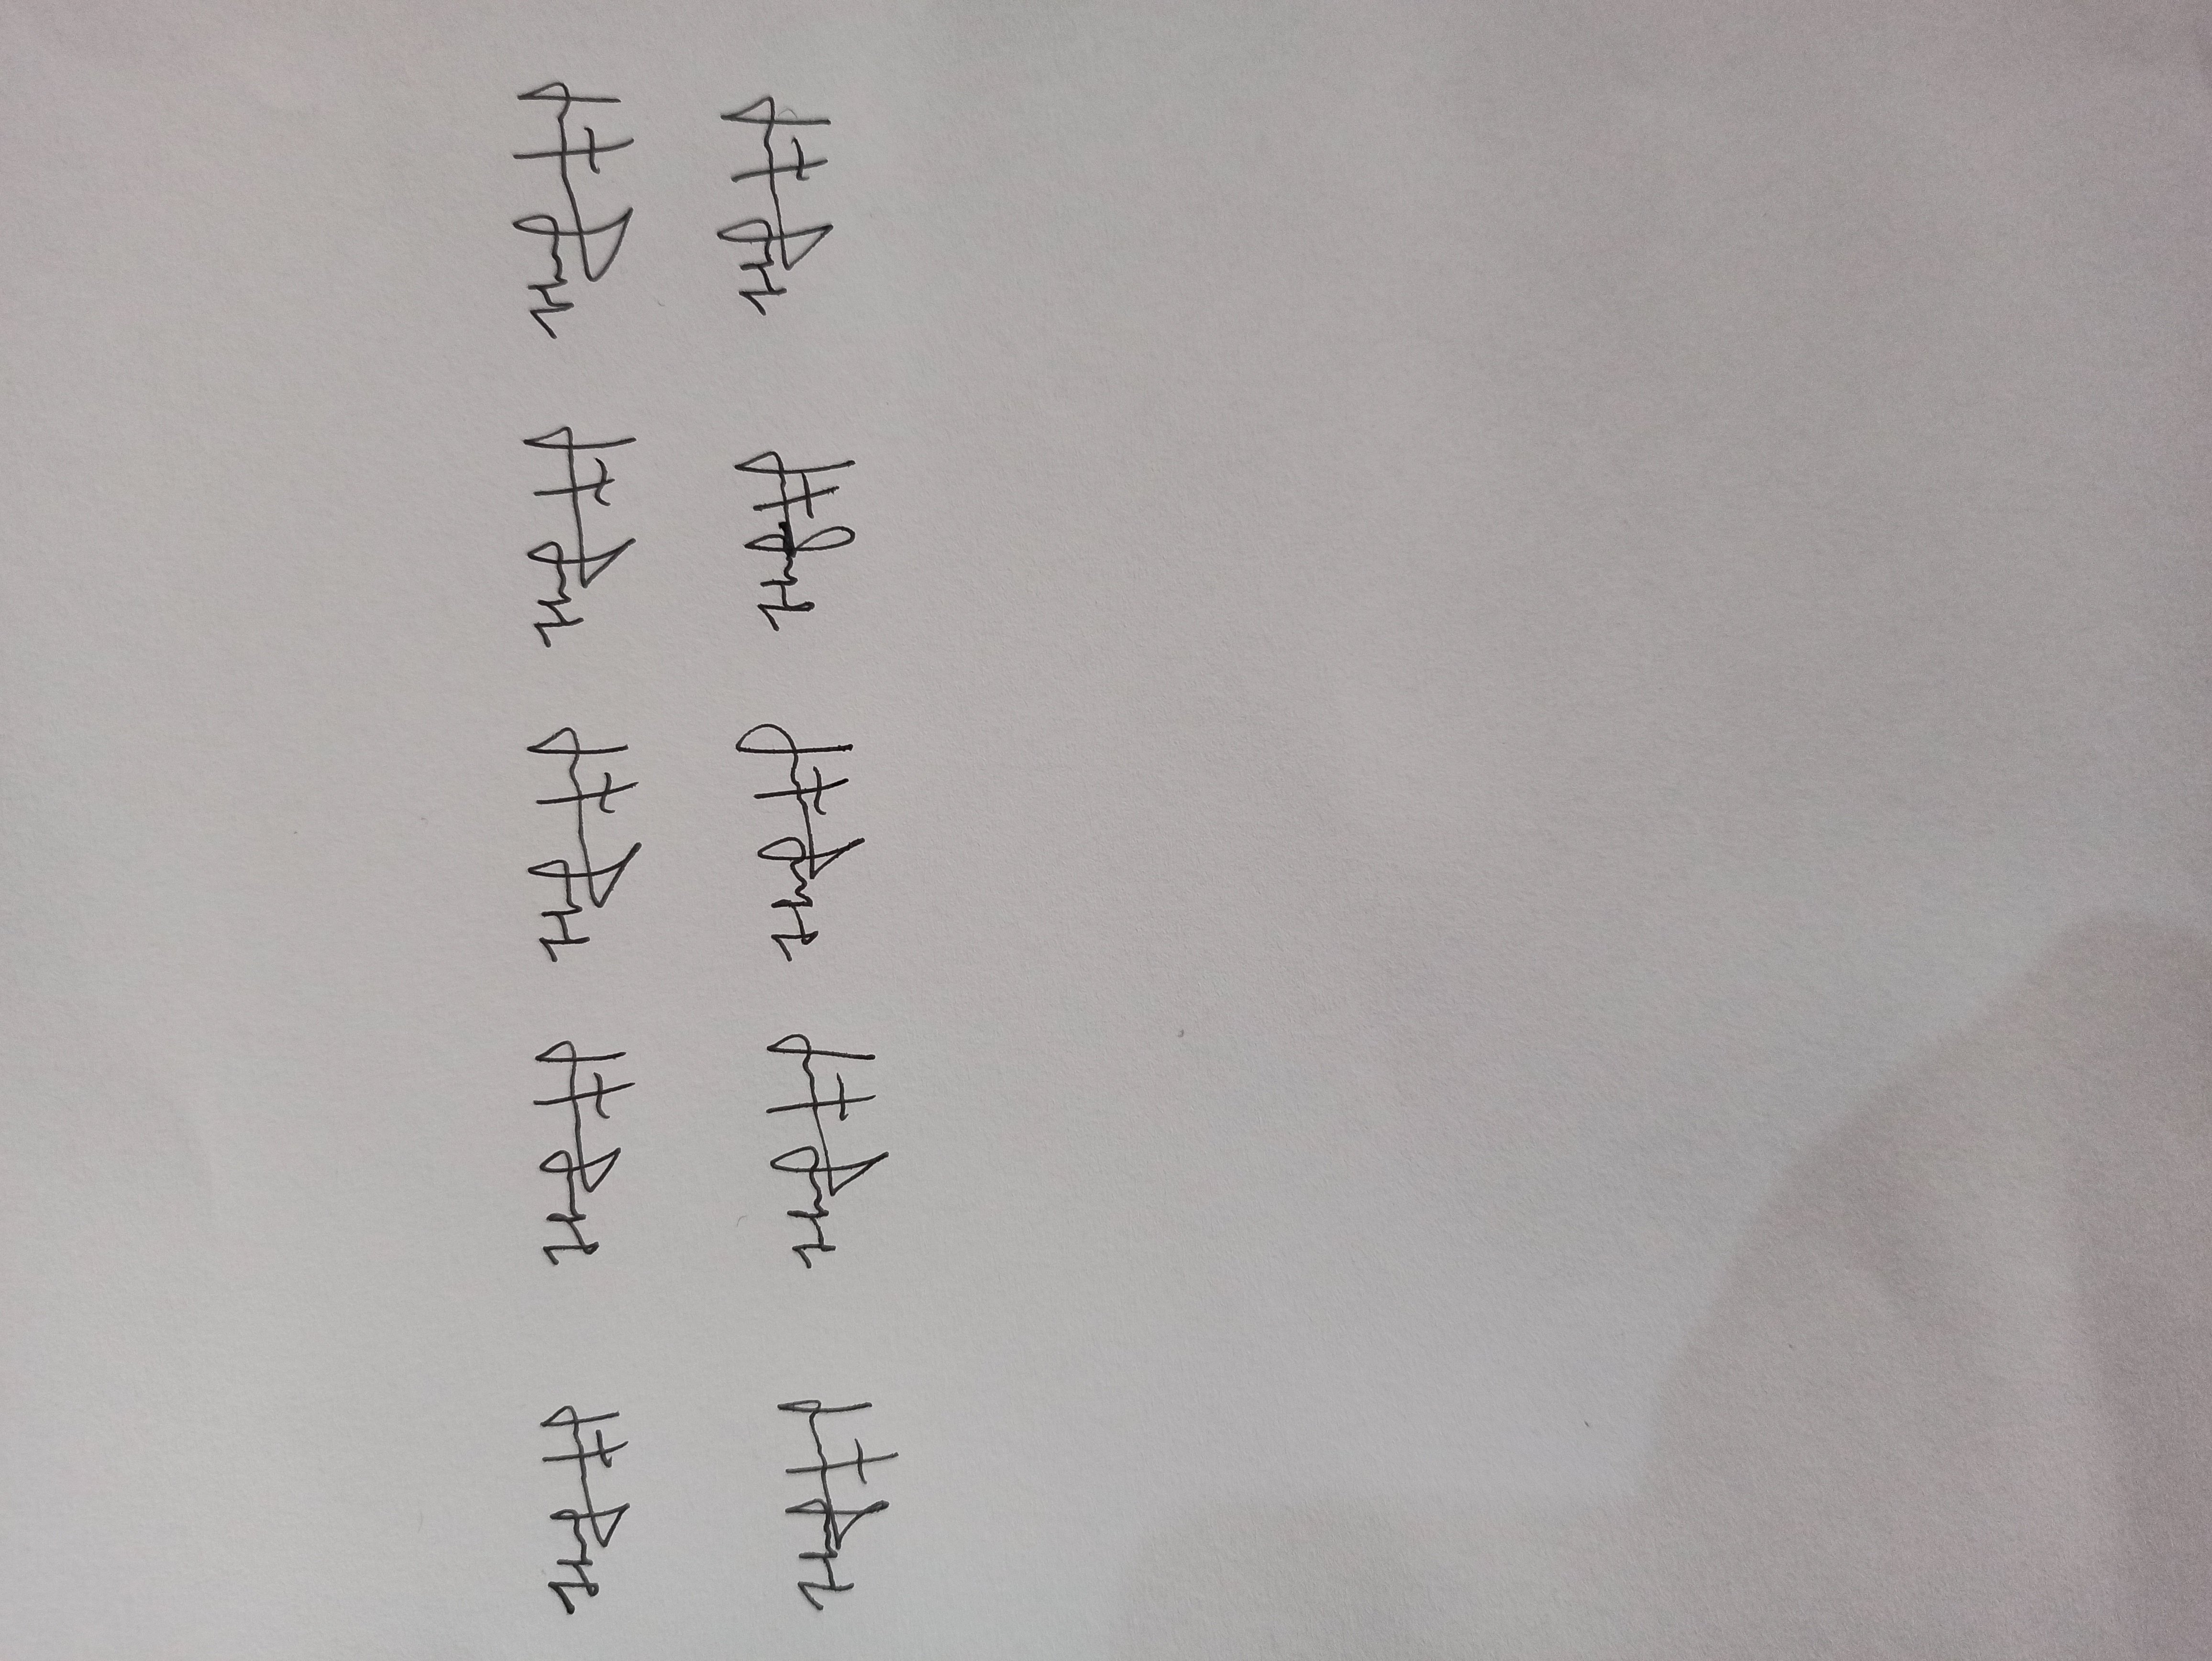
Signature authenticity: genuine